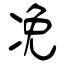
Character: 凂